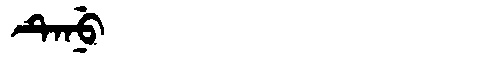
Manchu: ᡨᡝᠨᡠ
Romanization: TENU